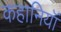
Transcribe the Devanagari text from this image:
कहानियॉं